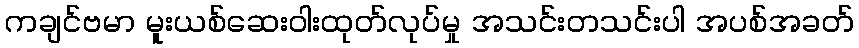
ကချင်ဗမာ မူးယစ်ဆေးဝါးထုတ်လုပ်မှု အသင်းတသင်းပါ အပစ်အခတ်